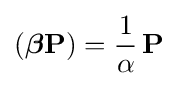
({\boldsymbol {\beta }}\mathbf {P} )={\frac {1}{\alpha }}\,\mathbf {P}